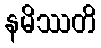
နမိဿတိ